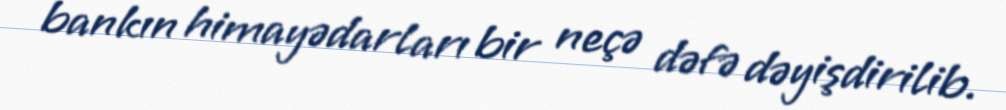
bankın himayədarları bir neçə dəfə dəyişdirilib.